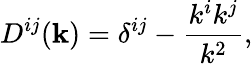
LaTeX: D^{ij}({\mathbf{k}})=\delta^{ij}-\frac{k^{i}k^{j}}{k^{2}},